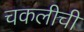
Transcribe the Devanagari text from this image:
चकलीची